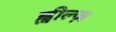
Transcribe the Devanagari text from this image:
ह्वील्ज़